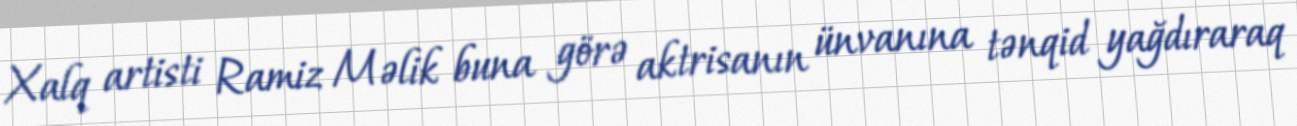
Xalq artisti Ramiz Məlik buna görə aktrisanın ünvanına tənqid yağdıraraq